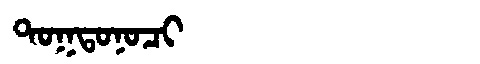
Manchu: ᡨᠣᡴᡨᠣᠨᠣᠴᡳ
Romanization: TOKTONOCI